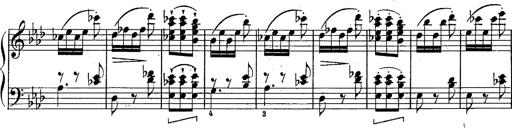
Title: Schubert's Impromptus [revised and edited by Franz Liszt]
Composer: Franz Liszt